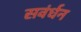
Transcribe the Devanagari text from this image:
सवंर्धन